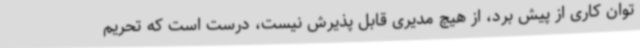
توان کاری از پیش برد، از هیچ مدیری قابل پذیرش نیست، درست است که تحریم